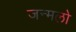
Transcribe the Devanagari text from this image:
जन्मलो